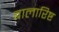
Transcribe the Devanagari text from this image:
बालारिष्ट